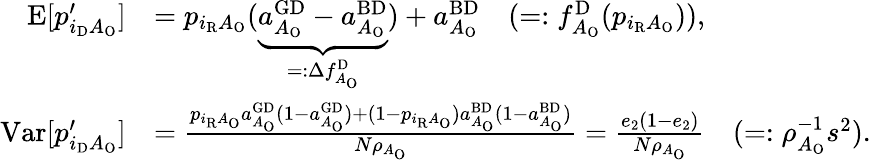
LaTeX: \begin{array}{rl}{\textrm{E}[p_{i_{\mathrm{D}}A_{\mathrm{O}}}^{\prime}]}&{=p_{i_{\mathrm{R}}A_{\mathrm{O}}}(\underbrace{a_{A_{\mathrm{O}}}^{\mathrm{GD}}-a_{A_{\mathrm{O}}}^{\mathrm{BD}}}_{=:\Delta f_{A_{\mathrm{O}}}^{\mathrm{D}}})+a_{A_{\mathrm{O}}}^{\mathrm{BD}}\quad(=:f_{A_{\mathrm{O}}}^{\mathrm{D}}(p_{i_{\mathrm{R}}A_{\mathrm{O}}})),}\\ {\textrm{Var}[p_{i_{\mathrm{D}}A_{\mathrm{O}}}^{\prime}]}&{=\frac{p_{i_{\mathrm{R}}A_{\mathrm{O}}}a_{A_{\mathrm{O}}}^{\mathrm{GD}}(1-a_{A_{\mathrm{O}}}^{\mathrm{GD}})+(1-p_{i_{\mathrm{R}}A_{\mathrm{O}}})a_{A_{\mathrm{O}}}^{\mathrm{BD}}(1-a_{A_{\mathrm{O}}}^{\mathrm{BD}})}{N\rho_{A_{\mathrm{O}}}}=\frac{e_{2}(1-e_{2})}{N\rho_{A_{\mathrm{O}}}}\quad(=:\rho_{A_{\mathrm{O}}}^{-1}s^{2}).}\end{array}